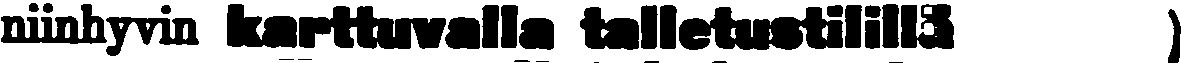
niinhyvin karttuvalla tailetustilillä )